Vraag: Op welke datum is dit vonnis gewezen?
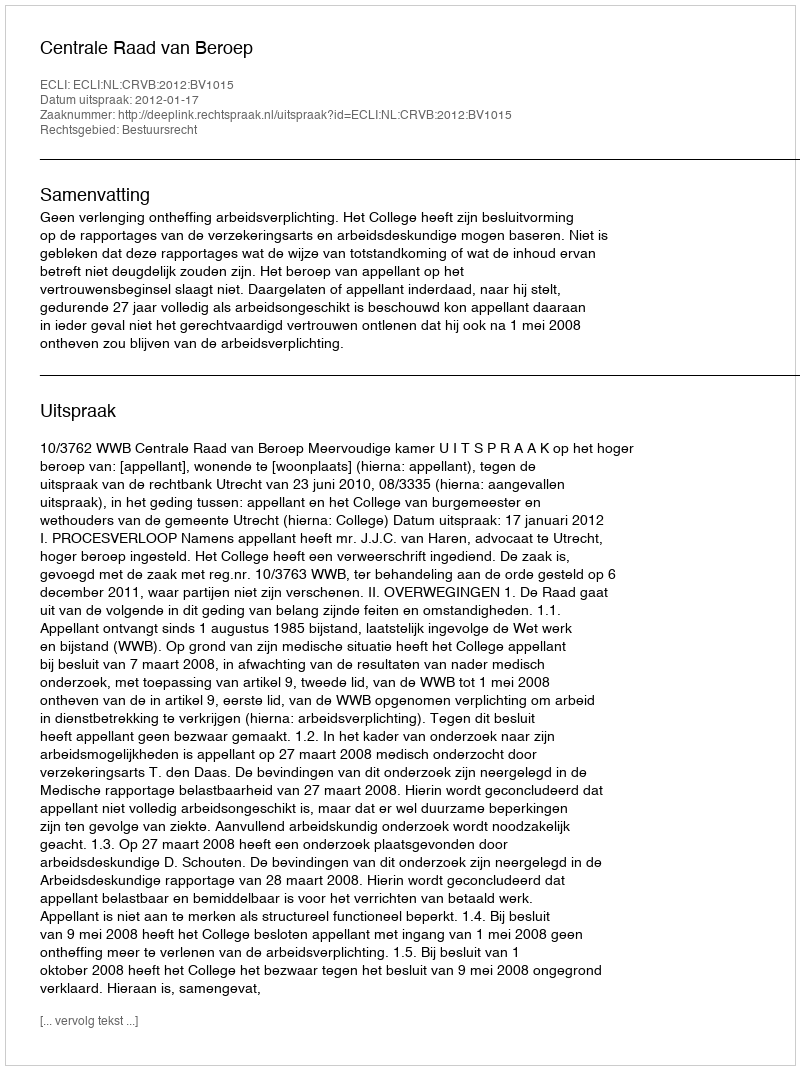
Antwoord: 2012-01-17